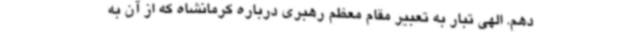
دهم. الهی تبار به تعبیر مقام معظم رهبری درباره کرمانشاه که از آن به